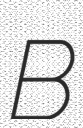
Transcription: B